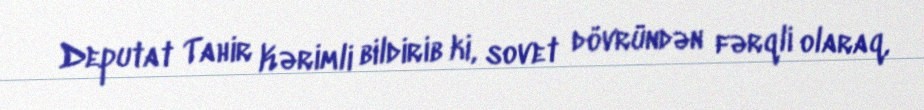
Deputat Tahir Kərimli bildirib ki, sovet dövründən fərqli olaraq,